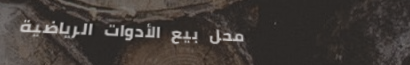
محل بيع الأدوات الرياضية